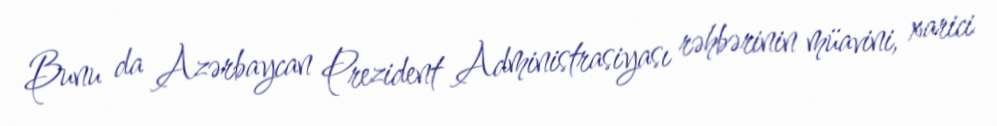
Bunu da Azərbaycan Prezident Administrasiyası rəhbərinin müavini, xarici